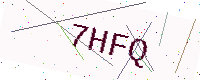
Text: 7HFQ